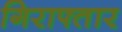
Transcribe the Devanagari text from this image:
गिराफ्तार